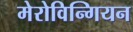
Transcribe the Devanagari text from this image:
मेरोविन्गियन